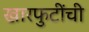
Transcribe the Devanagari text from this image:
खारफुटींची